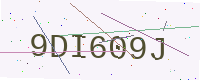
Text: 9DI609J